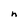
Character: h